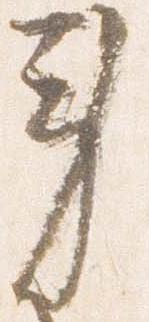
労